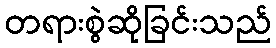
တရားစွဲဆိုခြင်းသည်